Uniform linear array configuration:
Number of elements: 64
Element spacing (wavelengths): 0.75
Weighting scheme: cosine
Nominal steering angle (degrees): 60
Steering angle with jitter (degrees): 61.883
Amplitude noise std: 0.05
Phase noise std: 0.05

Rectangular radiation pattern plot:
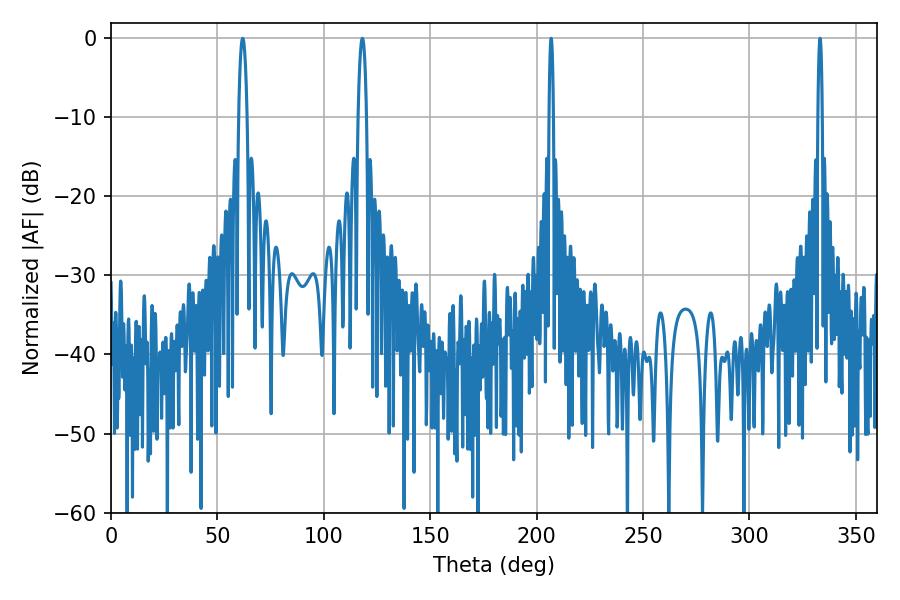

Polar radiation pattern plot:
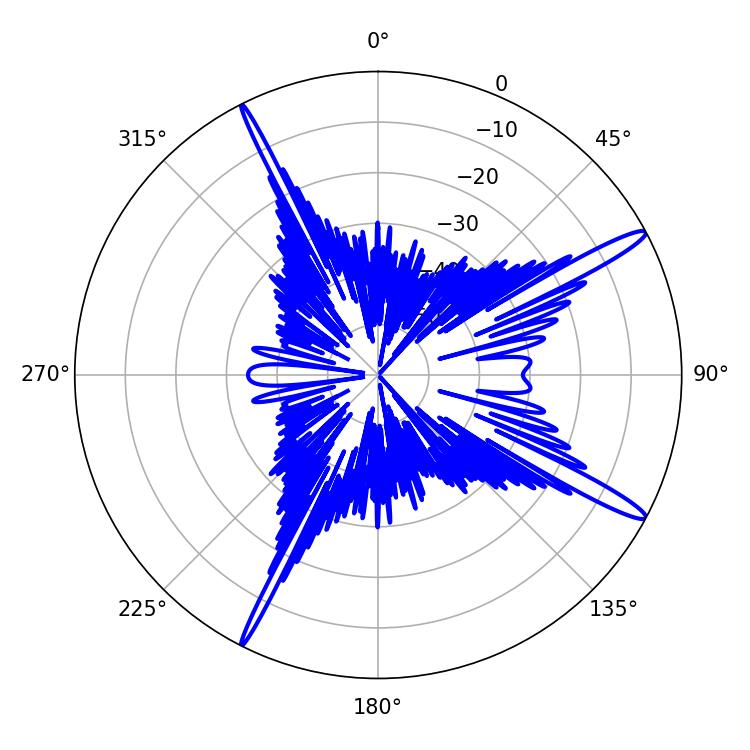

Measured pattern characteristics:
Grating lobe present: TRUE
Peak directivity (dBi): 15.416
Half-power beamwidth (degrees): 1.08
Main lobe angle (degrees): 206.82